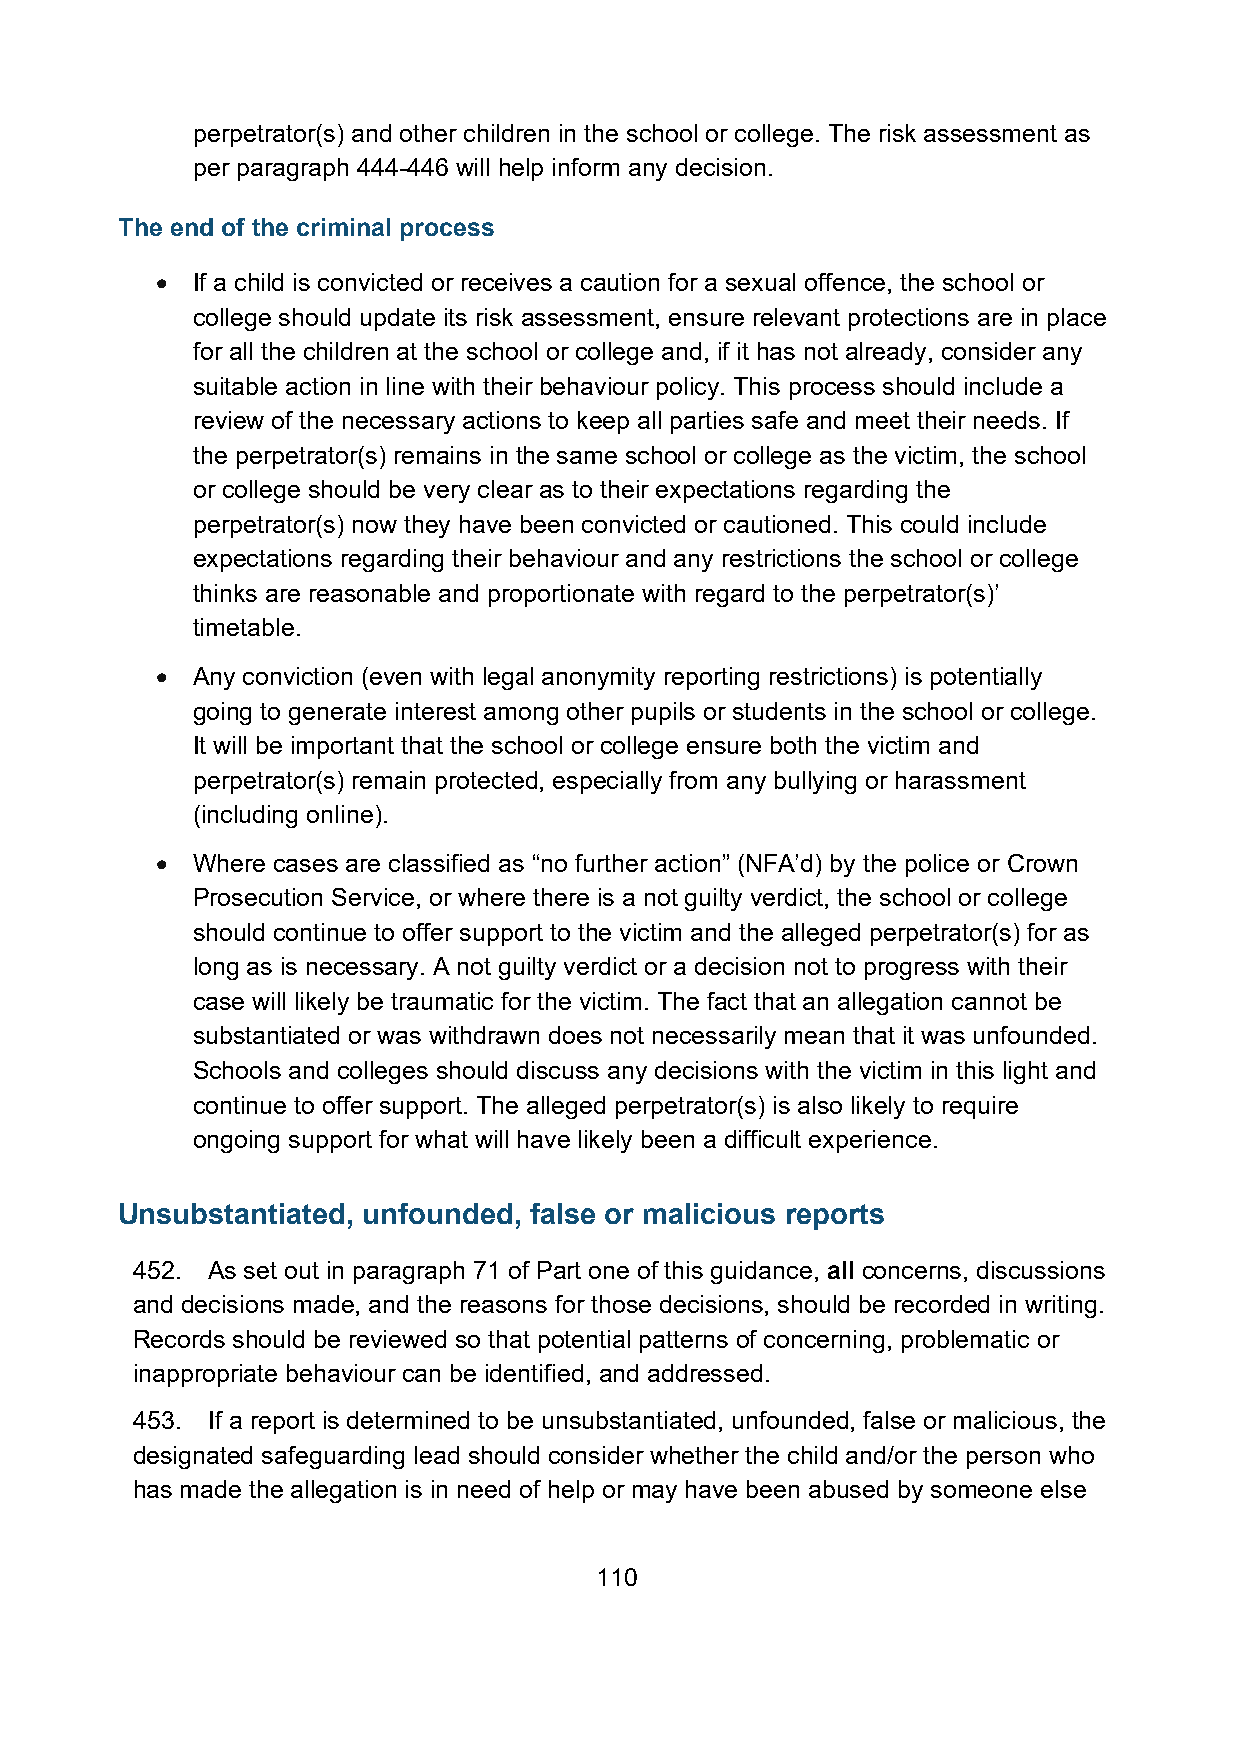
perpetrator(s) and other children in the school or college. The risk assessment as
 per paragraph 444-446 will help inform any decision.
 The end of the criminal process
 •  If a child is convicted or receives a caution for a sexual offence, the school or
 college should update its risk assessment, ensure relevant protections are in place
 for all the children at the school or college and, if it has not already, consider any
 suitable action in line with their behaviour policy. This process should include a
 review of the necessary actions to keep all parties safe and meet their needs. If
 the perpetrator(s) remains in the same school or college as the victim, the school
 or college should be very clear as to their expectations regarding the
 perpetrator(s) now they have been convicted or cautioned. This could include
 expectations regarding their behaviour and any restrictions the school or college
 thinks are reasonable and proportionate with regard to the perpetrator(s)’
 timetable.
 •  Any conviction (even with legal anonymity reporting restrictions) is potentially
 going to generate interest among other pupils or students in the school or college.
 It will be important that the school or college ensure both the victim and
 perpetrator(s) remain protected, especially from any bullying or harassment
 (including online).
 •  Where cases are classified as “no further action” (NFA’d) by the police or Crown
 Prosecution Service, or where there is a not guilty verdict, the school or college
 should continue to offer support to the victim and the alleged perpetrator(s) for as
 long as is necessary. A not guilty verdict or a decision not to progress with their
 case will likely be traumatic for the victim. The fact that an allegation cannot be
 substantiated or was withdrawn does not necessarily mean that it was unfounded.
 Schools and colleges should discuss any decisions with the victim in this light and
 continue to offer support. The alleged perpetrator(s) is also likely to require
 ongoing support for what will have likely been a difficult experience.
 Unsubstantiated, unfounded, false or malicious reports
 452. As set out in paragraph 71 of Part one of this guidance, all concerns, discussions
 and decisions made, and the reasons for those decisions, should be recorded in writing.
 Records should be reviewed so that potential patterns of concerning, problematic or
 inappropriate behaviour can be identified, and addressed.
 453. If a report is determined to be unsubstantiated, unfounded, false or malicious, the
 designated safeguarding lead should consider whether the child and/or the person who
 has made the allegation is in need of help or may have been abused by someone else
 110